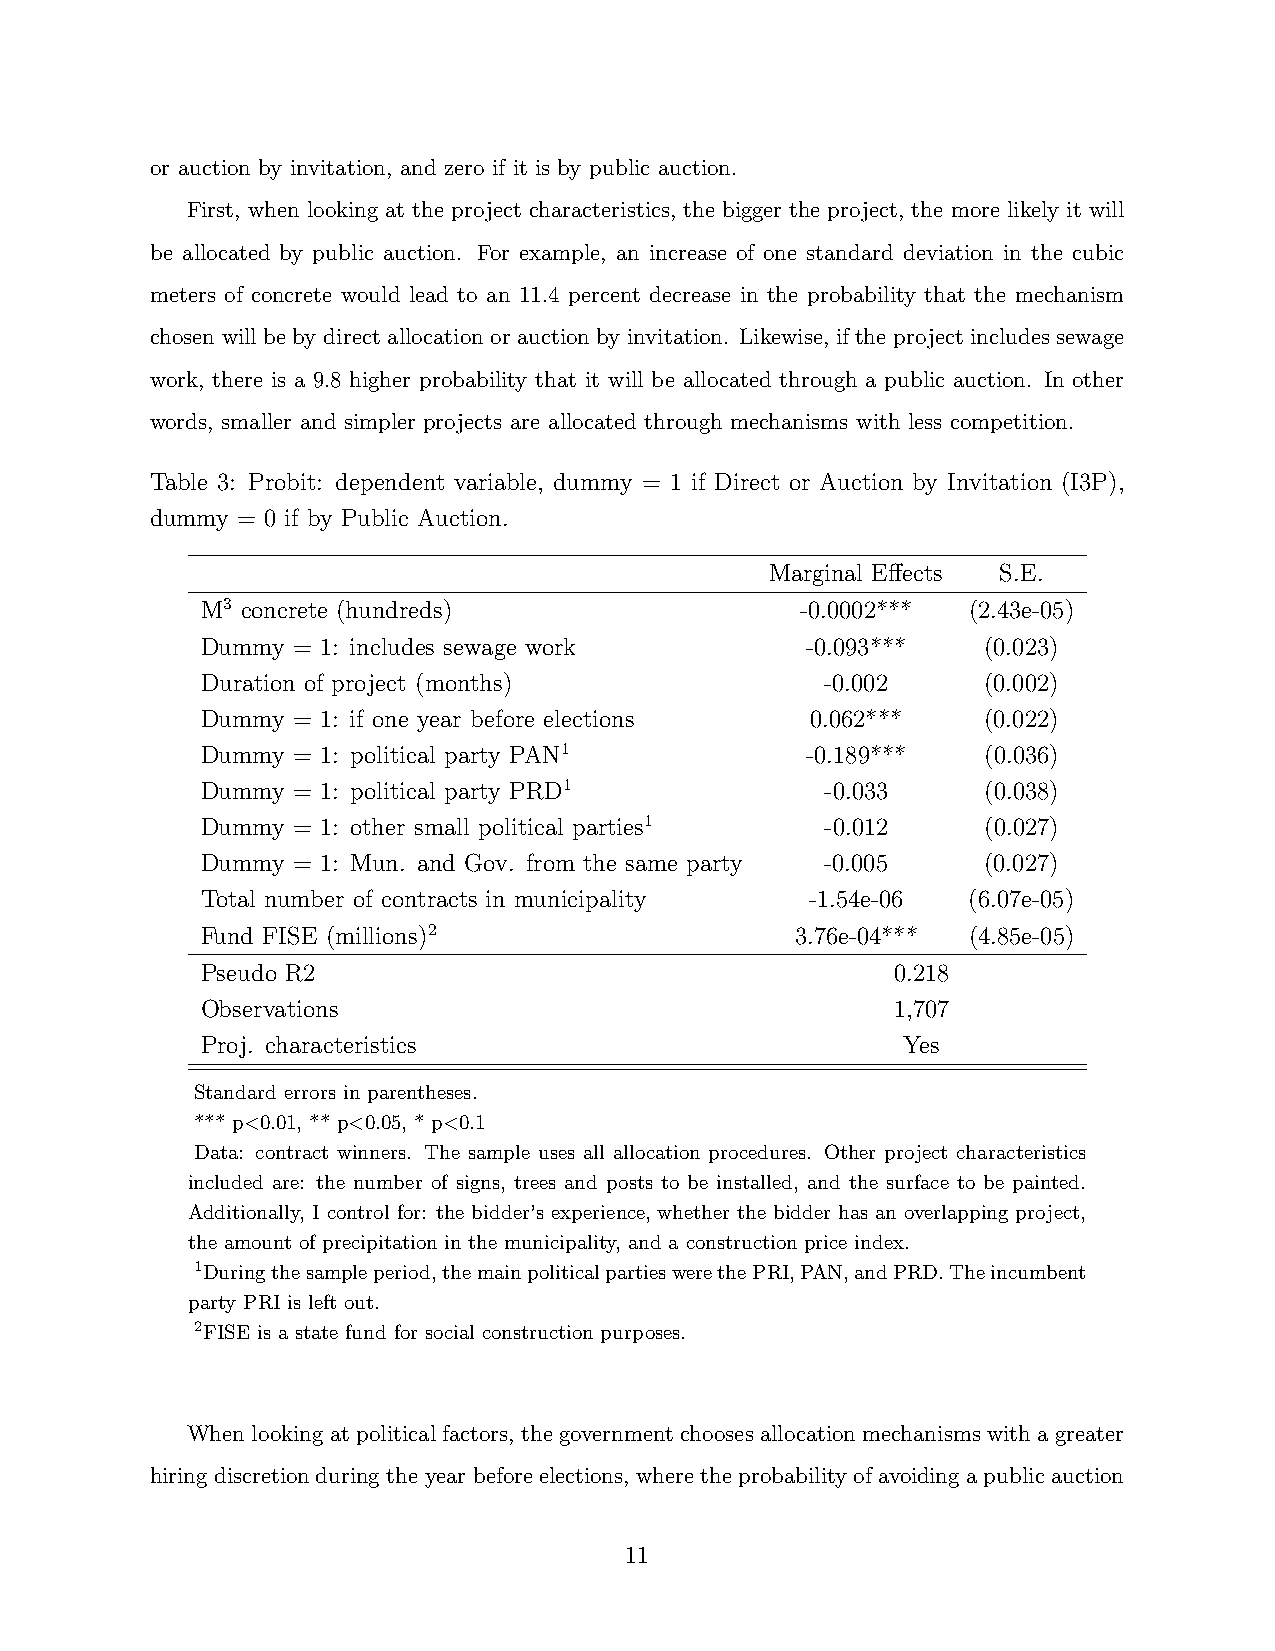
or auction by invitation, and zero if it is by public auction.
 First, when looking at the project characteristics, the bigger the project, the more likely it will
 be allocated by public auction. For example, an increase of one standard deviation in the cubic
 meters of concrete would lead to an 11.4 percent decrease in the probability that the mechanism
 chosen will be by direct allocation or auction by invitation. Likewise, if the project includes sewage
 work, there is a 9.8 higher probability that it will be allocated through a public auction. In other
 words, smaller and simpler projects are allocated through mechanisms with less competition.
 Table 3: Probit: dependent variable, dummy = 1 if Direct or Auction by Invitation (I3P),
 dummy = 0 if by Public Auction.
 Marginal Effects S.E.
 M3 concrete (hundreds)                  -0.0002*** (2.43e-05)
 Dummy = 1: includes sewage work         -0.093***   (0.023)
 Duration of project (months)              -0.002    (0.002)
 Dummy = 1: if one year before elections  0.062***   (0.022)
 Dummy = 1: political party PAN1         -0.189***   (0.036)
 Dummy = 1: political party PRD1           -0.033    (0.038)
 Dummy = 1: other small political parties1 -0.012    (0.027)
 Dummy = 1: Mun. and Gov. from the same party -0.005 (0.027)
 Total number of contracts in municipality -1.54e-06 (6.07e-05)
 Fund FISE (millions)2                   3.76e-04*** (4.85e-05)
 Pseudo R2                                     0.218
 Observations                                  1,707
 Proj. characteristics                          Yes
 Standard errors in parentheses.
 *** p<0.01, ** p<0.05, * p<0.1
 Data: contract winners. The sample uses all allocation procedures. Other project characteristics
 included are: the number of signs, trees and posts to be installed, and the surface to be painted.
 Additionally, I control for: the bidder’s experience, whether the bidder has an overlapping project,
 the amount of precipitation in the municipality, and a construction price index.
 1Duringthesampleperiod,themainpoliticalpartieswerethePRI,PAN,andPRD.Theincumbent
 party PRI is left out.
 2FISE is a state fund for social construction purposes.
 Whenlookingatpoliticalfactors, thegovernmentchoosesallocationmechanismswithagreater
 hiringdiscretionduringtheyearbeforeelections, wheretheprobabilityofavoidingapublicauction
 11